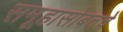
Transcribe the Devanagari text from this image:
समूहासोबतचे